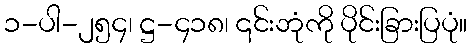
၁-ပါ-၂၅၄၊ ဋ္ဌ-၄၁၈၊ ၎င်းဘုံကို ပိုင်းခြားပြပုံ။